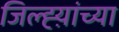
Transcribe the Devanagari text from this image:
जिल्ह्य़ांच्या